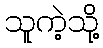
သူကဲ့သို့